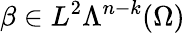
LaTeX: \beta\in L^{2}\Lambda^{n-k}(\Omega)